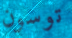
توسون